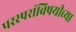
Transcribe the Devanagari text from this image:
परस्परांविषयीच्या